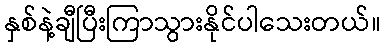
နှစ်နဲ့ချီပြီးကြာသွားနိုင်ပါသေးတယ်။